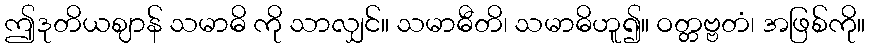
ဤဒုတိယဈာန် သမာဓိ ကို သာလျှင်။ သမာဓီတိ၊ သမာဓိဟူ၍။ ဝတ္တဗ္ဗတံ၊ အဖြစ်ကို။